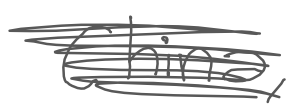
Text: China,
Cross-out: scratch
Writing tool: digital_gray